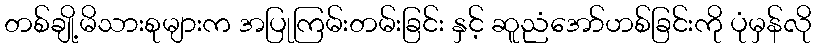
တစ်ချို့မိသားစုများက အပြုကြမ်းတမ်းခြင်း နှင့် ဆူညံအော်ဟစ်ခြင်းကို ပုံမှန်လို